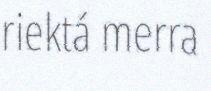
riektá merra